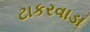
ટાકરવાડા